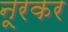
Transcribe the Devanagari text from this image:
नूरकर